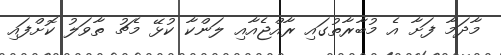
މާދަމާ ފަށާ އެ މުބާރާތުގައި ރާއްޖެއާއި ލަންކާ ކުޅޭ މެޗު ތާވަލު ކޮށްފައި